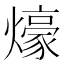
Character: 𤐶